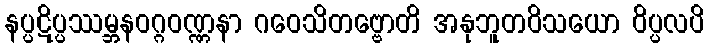
နပ္ပဋိပ္ပဿမ္ဘနဝဂ္ဂဝဏ္ဏနာ ဂဝေသိတဗ္ဗောတိ အနုဘူတဝိသယော ဝိပ္ပလပိ